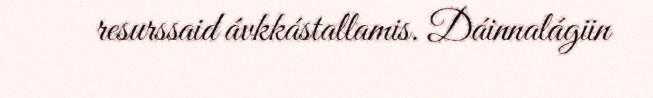
resurssaid ávkkástallamis. Dáinnalágiin